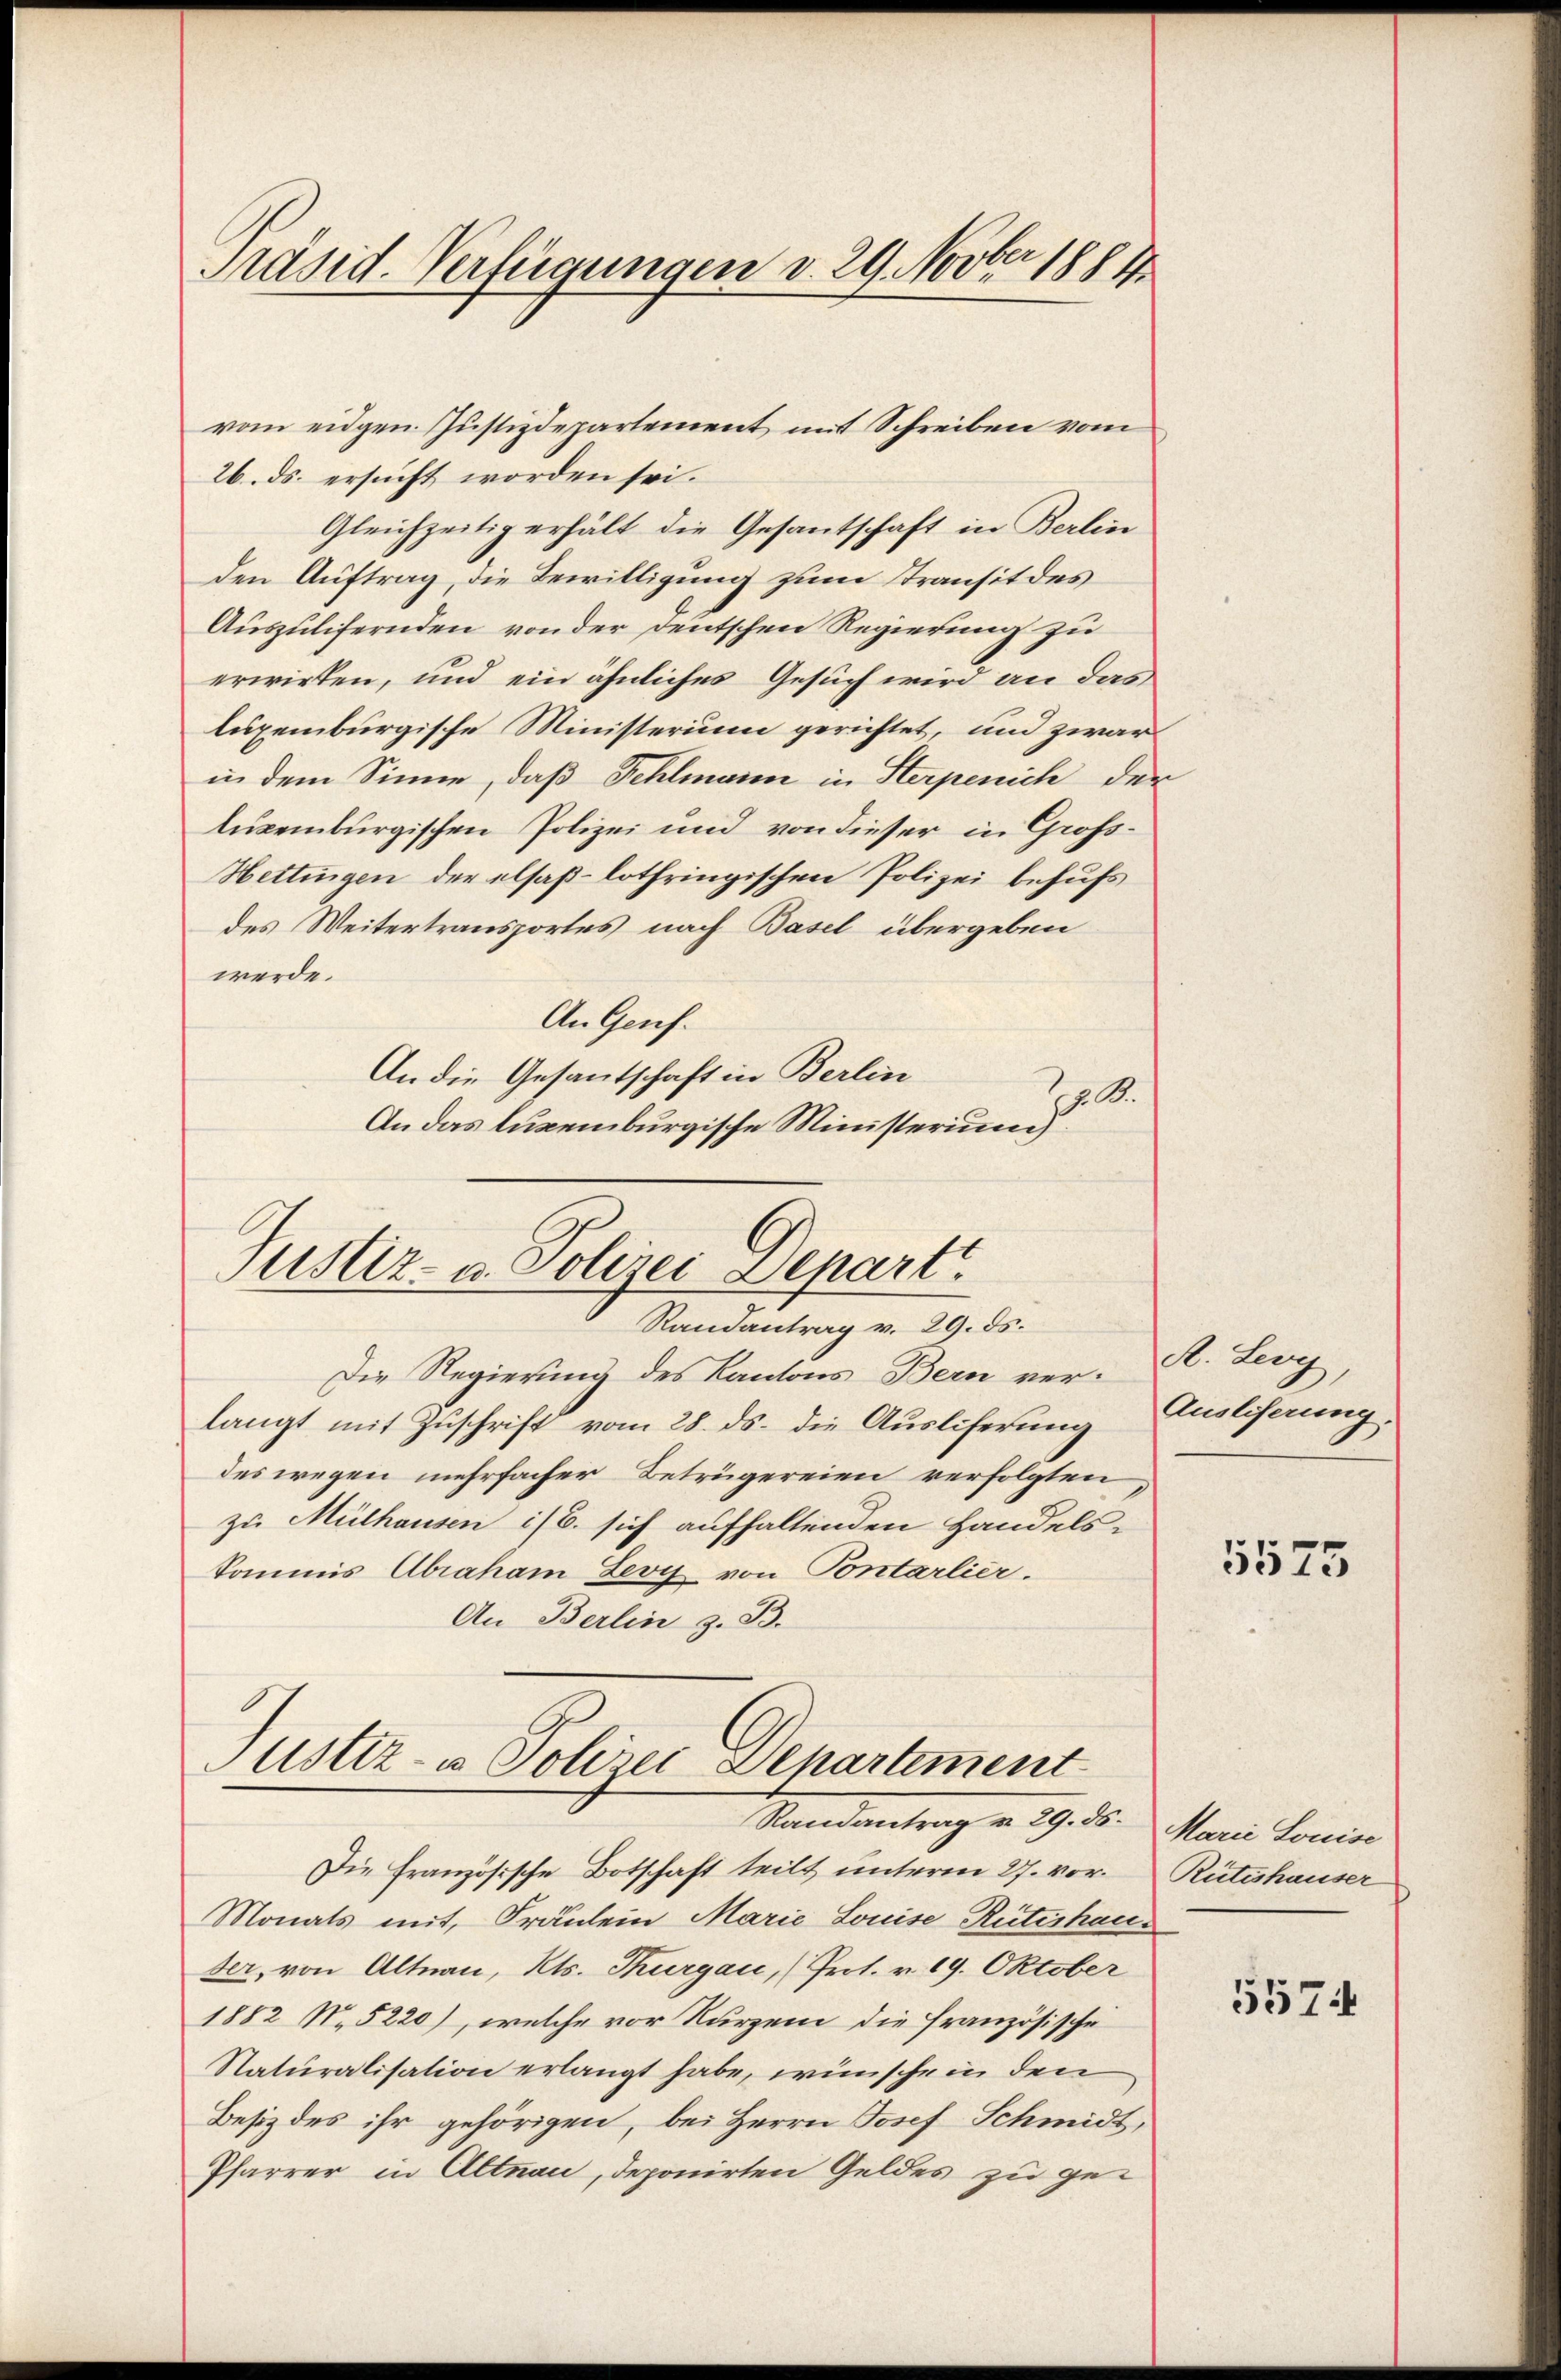
Präsid. Verfügungen v. 29. Novber 1884

vom eidgen. Justizdepartement mit Schreiben vom
26. ds. ersucht worden sei.
Gleichzeitig erhält die Gesantschaft in Berlin
den Auftrag, die Bewilligung zum Transit des
Auszulifernden von der deutschen Regierung zu
erwirken, und ein ähnliches Gesuch wird an das
luxenburgische Ministerium gerichtet, und zwar
in dem Sinne, daß Fehlmann in Sterpenich der
luxenburgischen Polizei und von dieser in Groß¬
Hettingen der elsaß-lothringischen Polizei behufs
des Weitertransportes nach Basel übergeben
werde.
An Genf.
An die Gesantschaft in Berlin
2. A.
An das luxenburgische Ministerium)
Justiz- u. Polizei Depart
Randantrag v. 29. ds.
Die Regierung des Kantons Bern ver- St. Leoy,
langt mit Zuschrift vom 28. ds. die Auslieferung
des wegen mehrfacher Betrügereien verfolgten
zu Mülhausen ist. sich aufhaltenden Handels-
kommis Abraham Leoy von Pontarlier.
An Berlin z. B.

ustiz- u Polizei Separtement
Randantrag v. 29. ds. Marie Louise

Die Französische Botschaft teilt unterm 27. vor. Rütishauser
Monats mit, Fräulein Marie Louise Rütishaus
ser, von Altnau, Kts. Thurgau, (Prot. v. 19. Oktober
1882 No 5220), welche vor Kurzem die französische
Naturalisation erlangt habe, wünsche in den
Besitz des ihr gehörigen, bei Herrn Josef Schmidt,
Pfarrer in Altnau, deponirten Geldes zu ge¬

Ausliferung:

5575

5574